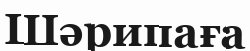
Шәрипаға